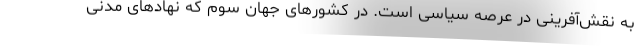
به نقش‌آفرینی در عرصه سیاسی است. در کشورهای جهان سوم که نهادهای مدنی